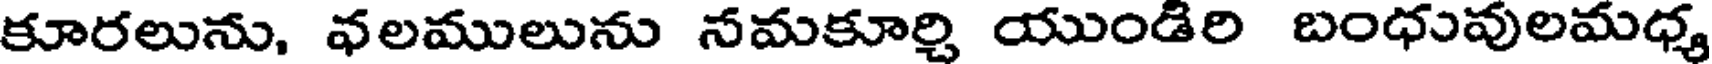
కూరలును, వలములును నమకూర్చి యుండిరి బంధువులమధ్య